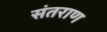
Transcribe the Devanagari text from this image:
संतराण